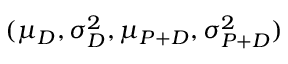
( \mu _ { D } , \sigma _ { D } ^ { 2 } , \mu _ { P + D } , \sigma _ { P + D } ^ { 2 } )